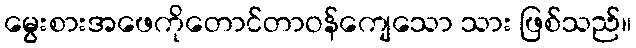
မွေးစားအဖေကိုတောင်တာဝန်ကျေသော သား ဖြစ်သည်။